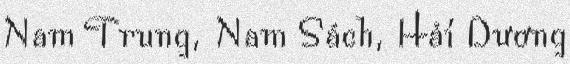
Nam Trung, Nam Sách, Hải Dương